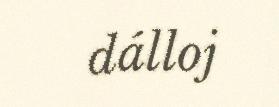
dálloj